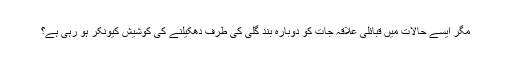
مگر ایسے حالات میں قبائلی علاقہ جات کو دوبارہ بند گلی کی طرف دھکیلنے کی کوشیش کیونکر ہو رہی ہے؟